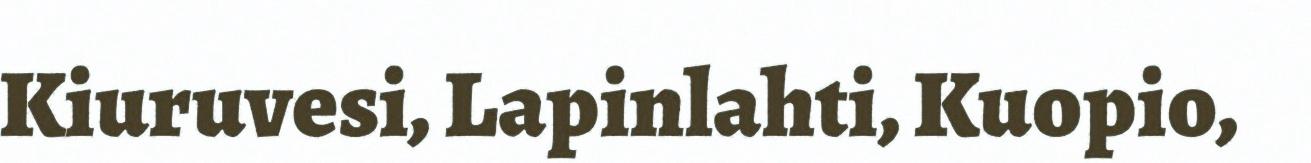
Kiuruvesi, Lapinlahti, Kuopio,